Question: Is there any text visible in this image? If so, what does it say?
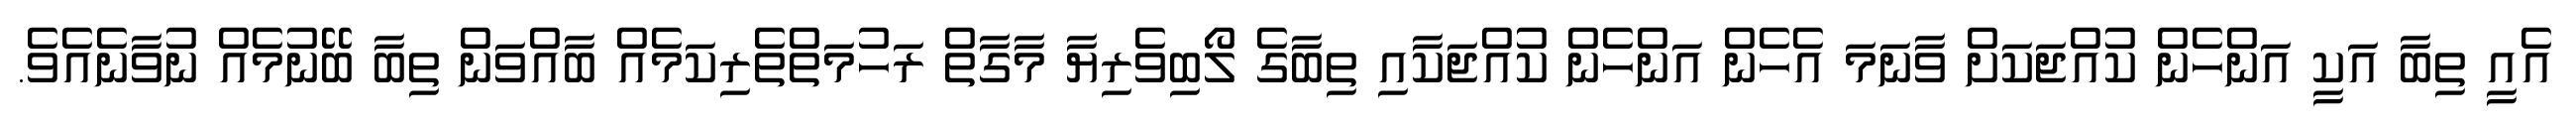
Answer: އެއީ ތިބާ އަކީ އަންހެން ކުއްޖަކަށް ވާނަމަ އެހެން އަންހެން ކުއްޖަކާއި ތިބާގެ ލޯބިވެރިޔާ މާގާތް ރަހުމަތްތެރިކަމެއް ބާއްވަން ތިބާ ބޭނުމެއް ނުވާނެއެވެ.